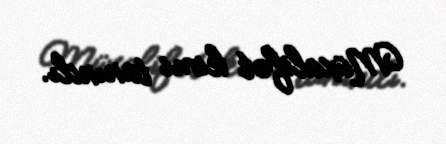
Müxalifət kimi tanındı.